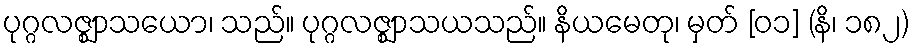
ပုဂ္ဂလဇ္ဈာသယော၊ သည်။ ပုဂ္ဂလဇ္ဈာသယသည်။ နိယမေတု၊ မှတ် [၀၁] (နိ၊ ၁၈၂)